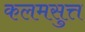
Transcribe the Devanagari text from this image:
कलमसुत्त